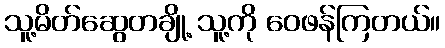
သူ့မိတ်ဆွေတချို့ သူ့ကို ဝေဖန်ကြတယ်။